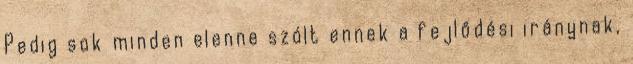
Pedig sok minden elenne szólt ennek a fejlődési iránynak,